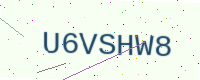
Text: U6VSHW8